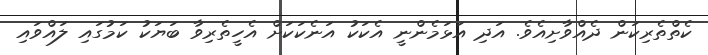
ކެތްތެރިކަން ދެއްވާށިއެވެ. އަދި އަޅަމެންނީ އެކަކު އަނެކަކަށް އެހީތެރިވާ ބަޔަކު ކަމުގައި ލައްވައި